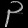
Digit: ၃